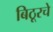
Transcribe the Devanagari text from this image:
बिठूरचे